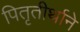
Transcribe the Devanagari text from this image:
पितृतीर्थाने